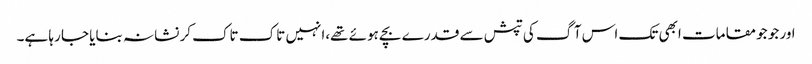
اور جو جو مقامات ابھی تک اس آگ کی تپش سے قدرے بچے ہوئے تھے،انہیں تاک تاک کر نشانہ بنایا جا رہا ہے۔